Indian Medical Review
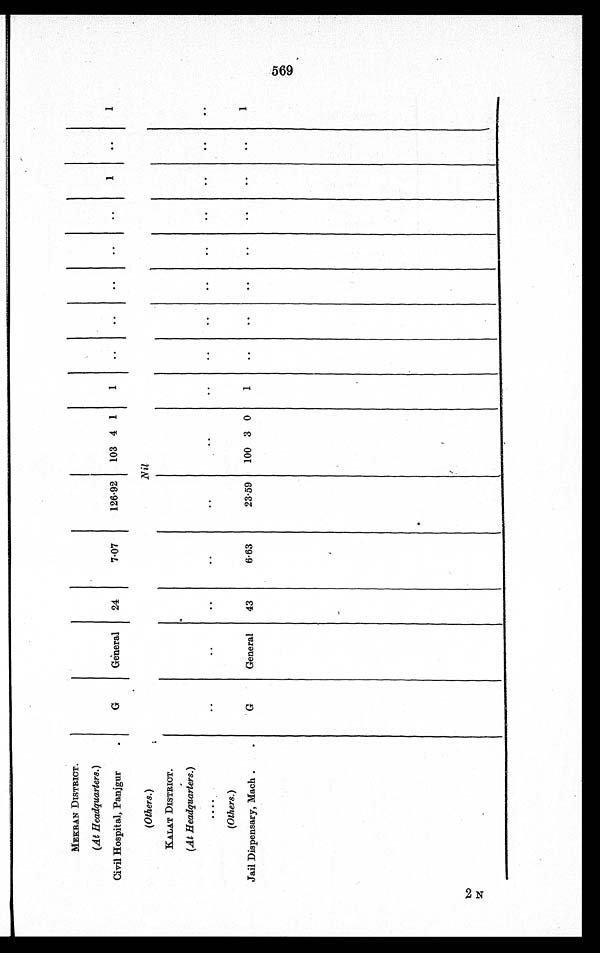
MEKRAN DISTRICT.
(At Headquarters.)
Civil Hospital, Panjgur
G
General
24
7.07
126.92
103 4 1
1
1
1
(Others.)
Nil
KALAT DISTRICT.
(At Headquarters.)
(Others.)
Jail Dispensary, Mach
G
General
43
6.63
23.59
100 3 0
1
1
2 N